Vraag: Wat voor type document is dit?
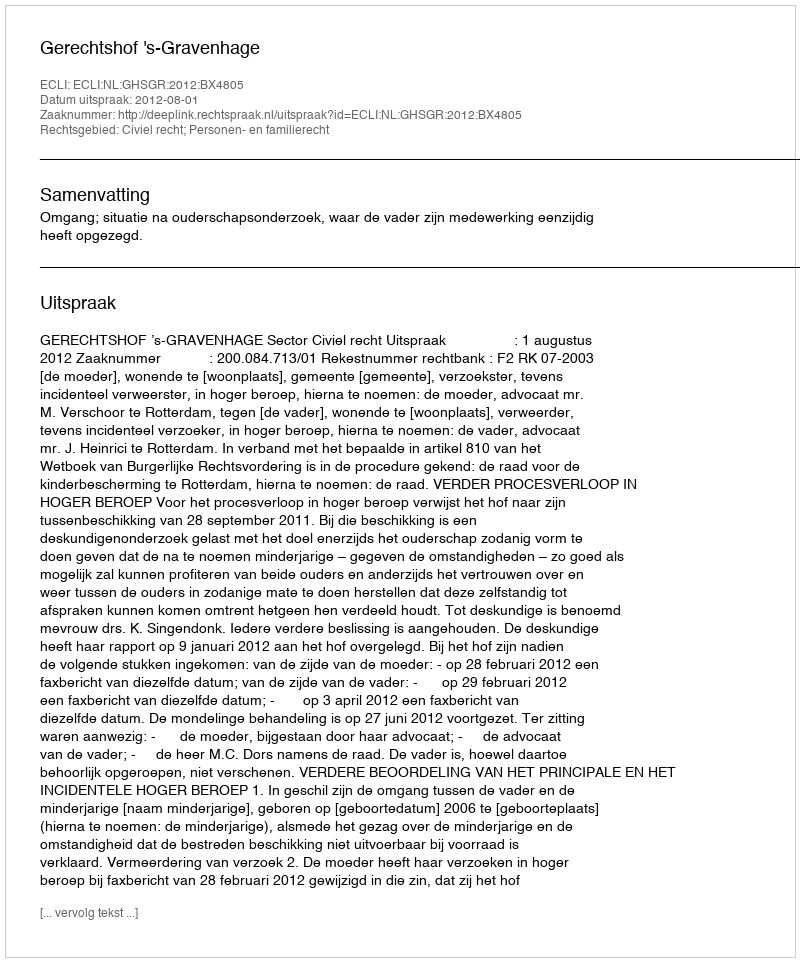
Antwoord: Uitspraak